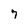
Character: 7